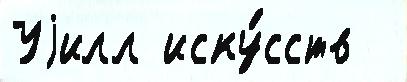
Уjилл иску́сств